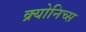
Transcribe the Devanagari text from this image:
क्र्योनिच्स